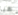
هيا